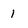
Character: 1